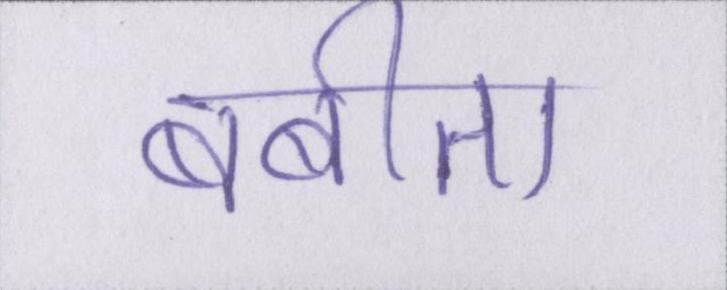
बबीता